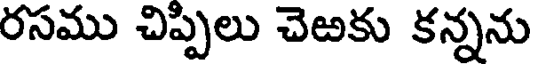
రసము చిప్పిలు చెఱకు కన్నను